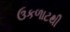
ઉકળાટથી